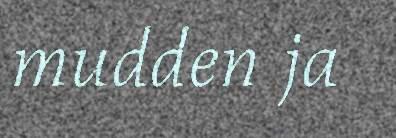
mudden ja